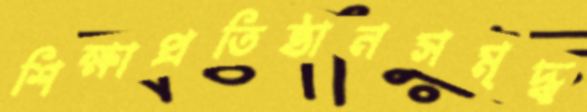
শিক্ষাপ্রতিষ্ঠানসমৃদ্ধ